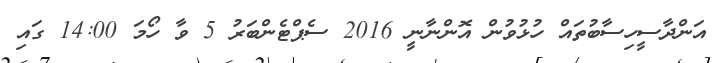
އަންދާސީހިސާބުތައް ހުޅުވުން އޮންނާނީ 2016 ސެޕްޓެންބަރު 5 ވާ ހޯމަ 14:00 ގައި